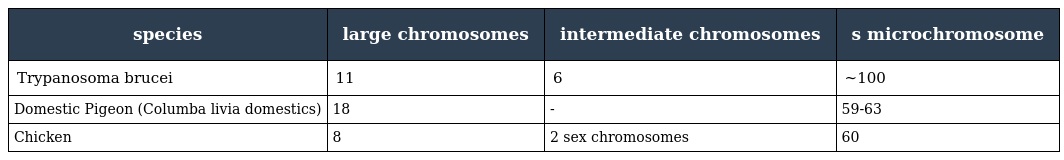
| species | large chromosomes | intermediate chromosomes | s microchromosome |
 | --- | --- | --- | --- |
 | Trypanosoma brucei | 11 | 6 | ~100 |
 | Domestic Pigeon (Columba livia domestics) | 18 | - | 59-63 |
 | Chicken | 8 | 2 sex chromosomes | 60 |